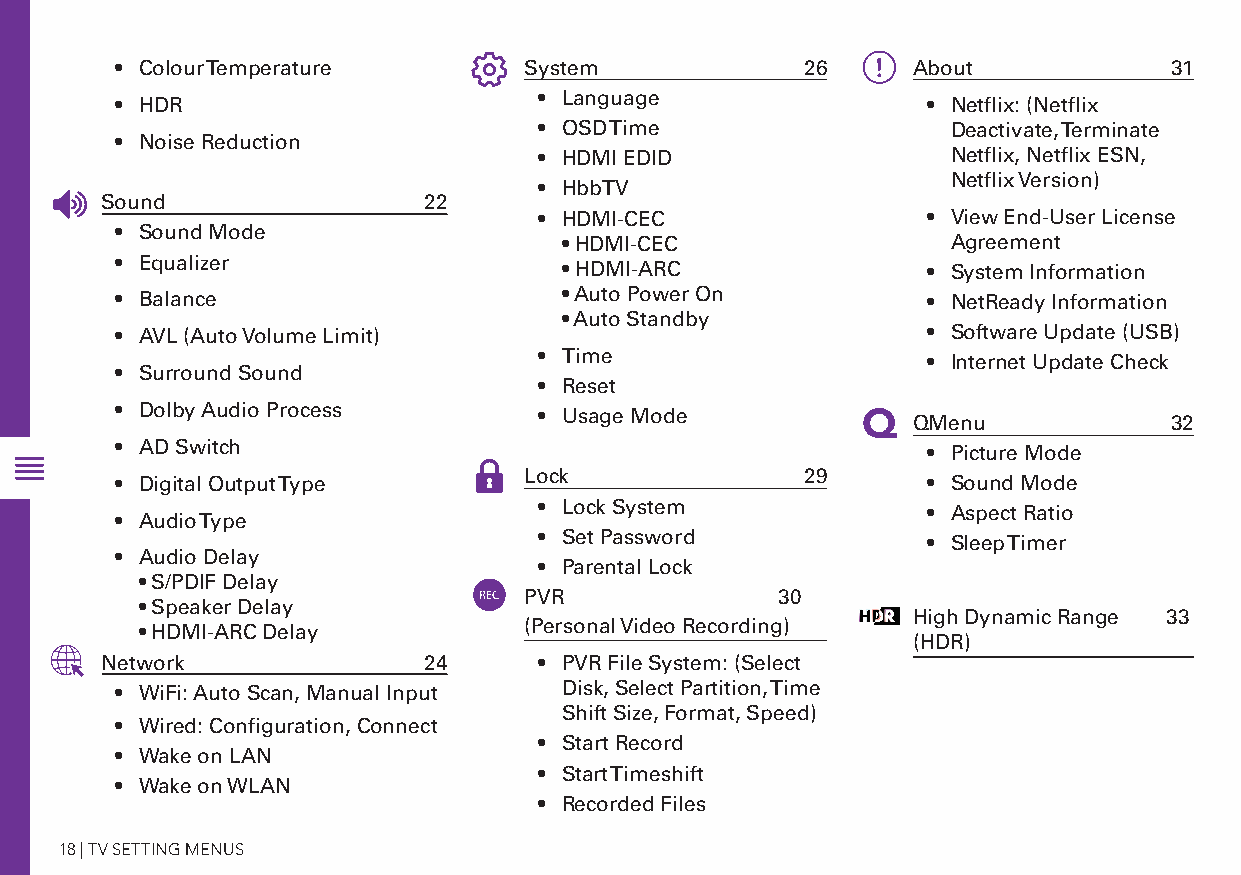
• Colour Temperature       System            26   ! About            31
 • Language
 • HDR                                                • Netflix: (Netflix
 • OSD Time                 Deactivate, Terminate
 • Noise Reduction
 • HDMI EDID                Netflix, Netflix ESN,
 Netflix Version)
 • HbbTV
 Sound                22
 • HDMI-CEC               • View End-User License
 • Sound Mode
 • HDMI-CEC                Agreement
 • Equalizer                  • HDMI-ARC              • System Information
 • Balance                    • Auto Power On         • NetReady Information
 • Auto Standby
 • AVL (Auto Volume Limit)                            • Software Update (USB)
 • Time
 • Internet Update Check
 • Surround Sound
 • Reset
 • Dolby Audio Process       • Usage Mode
 Q  QMenu            32
 • AD Switch                                          • Picture Mode
 Lock              29
 • Digital Output Type                                • Sound Mode
 • Lock System
 • Aspect Ratio
 • Audio Type
 • Set Password
 • Sleep Timer
 • Audio Delay
 • Parental Lock
 • S/PDIF Delay
 PVR              30
 • Speaker Delay
 High Dynamic Range 33
 • HDMI-ARC Delay          (Personal Video Recording)
 (HDR)
 Network              24      • PVR File System: (Select
 • WiFi: Auto Scan, Manual Input Disk, Select Partition, Time
 Shift Size, Format, Speed)
 • Wired: Configuration, Connect
 • Start Record
 • Wake on LAN
 • Start Timeshift
 • Wake on WLAN
 • Recorded Files
 18 | TV SETTING MENUS